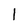
Character: 1